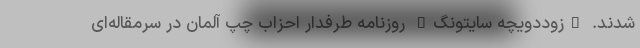
شدند. "زوددویچه سایتونگ" روزنامه طرفدار احزاب چپ آلمان در سرمقاله‌ای